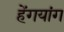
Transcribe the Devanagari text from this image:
हेंगयांग